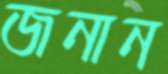
জনান